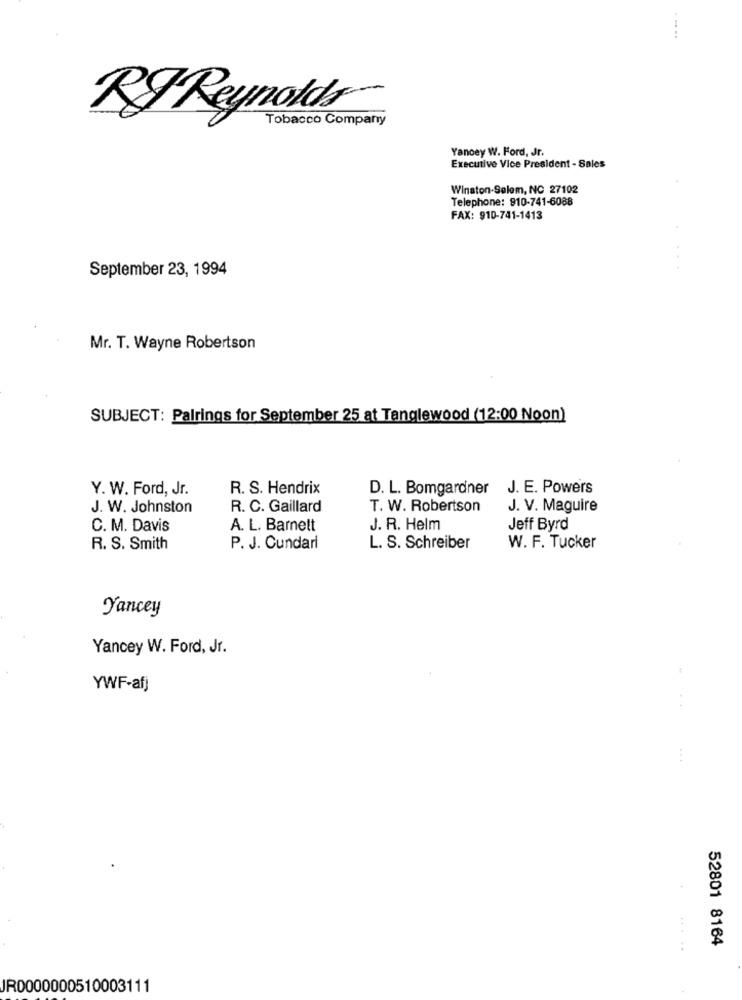
RIReynolds-
Tobacco Company
Yancey W. Ford, Jr.
Executive Vice President - Sales
Winston-Salem, NC 27102
Telephone: 910-741-6088
FAX: 910-741-1413
September 23, 1994
Mr. T. Wayne Robertson
SUBJECT: Palrings for September 25 at Tanglewood (12:00 Noon)
Y. W. Ford, Jr.
R. S. Hendrix
D. L. Bomgardner
J. E. Powers
J. W. Johnston
R. C. Gaillard
T. W. Robertson
J. V. Maguire
C. M. Davis
A. L. Barnett
J. R. Helm
Jeff Byrd
R. S. Smith
P. J. Cundari
L. S. Schreiber
W. F. Tucker
Yancey
Yancey W. Ford, Jr.
YWF-afj
52801 8164
.....
JR0000000510003111